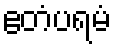
ဧတံပရမံ